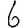
Digit: 6